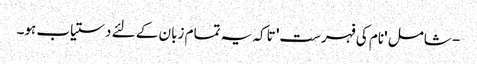
- شامل 'نام کی فہرست' تاکہ یہ تمام زبان کے لئے دستیاب ہو۔